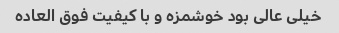
خیلی عالی بود خوشمزه و با کیفیت فوق العاده